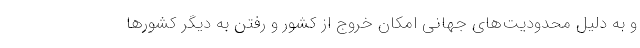
و به دلیل محدودیت‌های جهانی امکان خروج از کشور و رفتن به دیگر کشورها